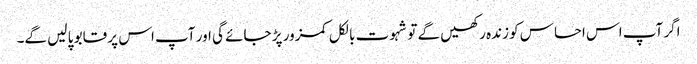
اگر آپ اس احساس کو زندہ رکھیں گے تو شہوت بالکل کمزور پڑ جائے گی اور آپ اس پر قابو پا لیں گے۔